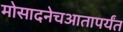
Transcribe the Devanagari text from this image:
मोसादनेचआतापर्यंत